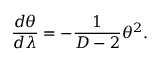
\frac { d \theta } { d \lambda } = - \frac { 1 } { D - 2 } \theta ^ { 2 } .